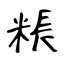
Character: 粻